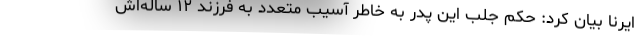
ایرنا بیان کرد: حکم جلب این پدر به خاطر آسیب متعدد به فرزند ۱۲ ساله‌اش